Code of medical and sanitary regulations for the guidance of medical officers serving in the Madras Presidency - Volume II
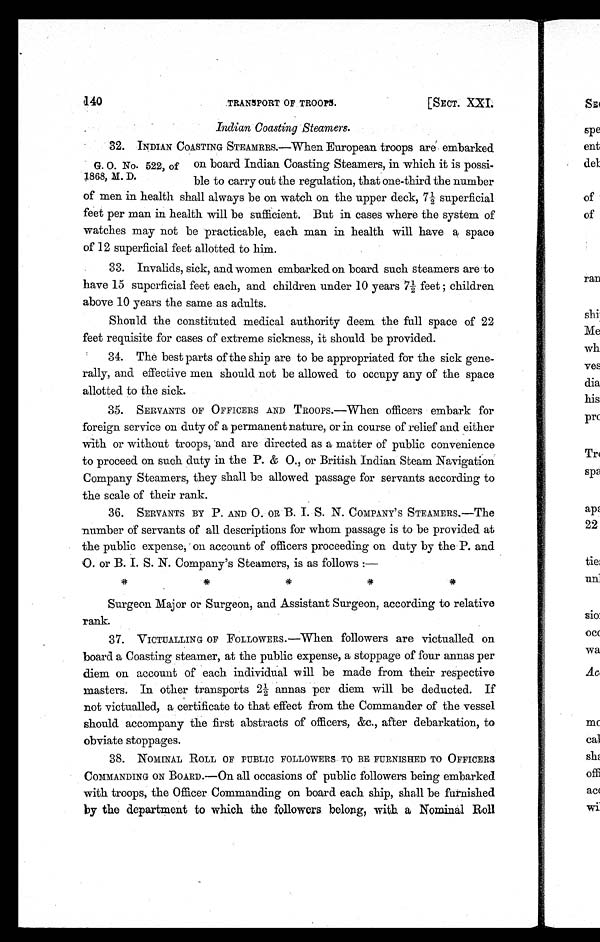
Indian Coasting Steamers.
32. INDIAN COASTING STEAMRRS.—When European troops are embarked
on board Indian Coasting Steamers, in which it is possi-
ble to carry out the regulation, that one-third the number
of men in health shall always be on watch on the upper deck, 7½ superficial
feet per man in health will be sufficient. But in cases where the system of
watches may not be practicable, each man in health will have a space
of 12 superficial feet allotted to him.
33. Invalids, sick, and women embarked on board such steamers are to
have 15 superficial feet each, and children under 10 years 7½ feet children
above 10 years the same as adults.
Should the constituted medical authority deem the full space of 22
feet requisite for cases of extreme sickness, it should be provided.
34. The best parts of the ship are to be appropriated for the sick gene-
rally, and effective men should not be allowed to occupy any of the space
allotted to the sick.
35. SERVANTS OF OFFICERS AND TROOPS.—When officers embark for
foreign service on duty of a permanent nature, or in course of relief and either
with or without troops, and are directed as a matter of public convenience
to proceed on such duty in the P. & O., or British Indian Steam Navigation
Company Steamers, they shall be allowed passage for servants according to
the scale of their rank.
36. SERVANTS BY P. AND O. OR B. I. S. N. COMPANY'S S TEAMERS.—The
number of servants of all descriptions for whom passage is to be provided at
the public expense, on account of officers proceeding on duty by the P. and
O. or B. I. S. N. Company's Steamers, is as follows :—
Surgeon Major or Surgeon, and Assistant Surgeon, according to relative
rank.
37. VICTUALLING OF FOLLOWERS.—When followers are victualled on
board a Coasting steamer, at the public expense, a stoppage of four annas per
diem on account of each individual will be made from their respective
masters. In other transports 2½ annas per diem will be deducted. If
not victualled, a certificate to that effect from the Commander of the vessel
should accompany the first abstracts of officers, &c., after debarkation, to
obviate stoppages.
38. NOMINAL ROLL OF PUBLIC FOLLOWERS TO BE FURNISHED TO OFFICERS
COMMANDING ON BOARD.--On all occasions of public followers being embarked
with troops, the Officer Commanding on board each ship, shall be furnished
by the department to which the followers belong, with a Nominal Roll
G. O. No. 522, of
1868, M. D.